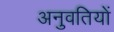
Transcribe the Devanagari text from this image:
अनुवतियों